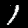
Digit: 1